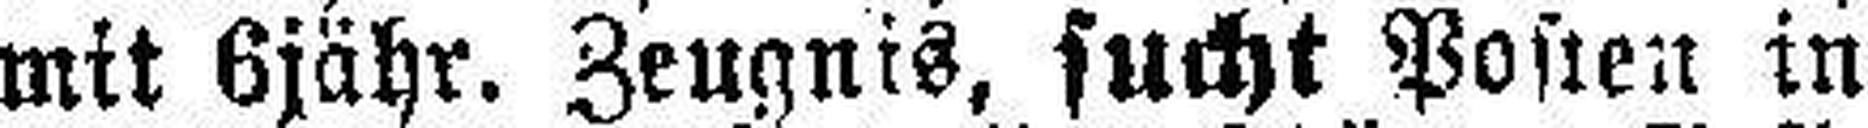
mit 6jähr. Zeugnis, sucht Posten in